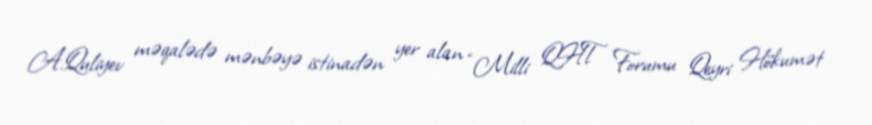
A.Quliyev məqalədə mənbəyə istinadən yer alan “Milli QHT Forumu Qeyri Hökumət